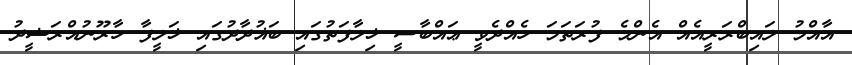
އާއްމު ލައިބްރަރީއެއް އެންމެ ފުރަތަމަ ހެއްދެވީ ޢައްބާސީ ޚިލާފަތުގައި ބަޣުދާދުގައި ޚަލީފާ ހާރޫނުއްރަޝީދު